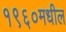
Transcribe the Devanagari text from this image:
१९६०मधील